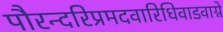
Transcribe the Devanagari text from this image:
पौरन्दरिप्रमदवारिधिवाडवाग्ने